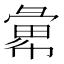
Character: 𢑭